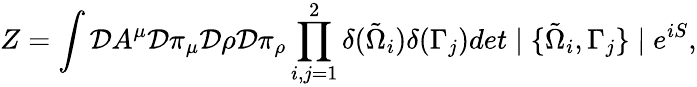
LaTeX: Z=\int{\cal D}A^{\mu}{\cal D}\pi_{\mu}{\cal D}\rho{\cal D}\pi_{\rho}\prod_{i,j=1}^{2}\delta(\tilde{\Omega}_{i})\delta(\Gamma_{j})det\mid\{ \tilde{\Omega}_{i},\Gamma_{j}\} \mid e^{iS},